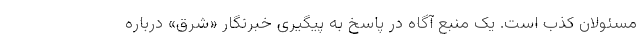
مسئولان کذب است. یک منبع آگاه در پاسخ به پیگیری خبرنگار «شرق» درباره